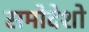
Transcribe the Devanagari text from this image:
समोदेशो